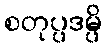
စတုပ္ပဒမ္ပိ